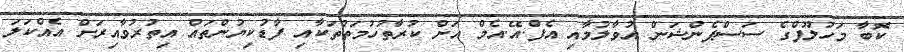
ކޮބާ މަހުލޫފްގެ ސަސްޕެންޝަން އުވާލުމާއި އެފް.އޭ.އެމް އަށް ކުރާތުހުމަތުތަކާއި ފާޑުކިޔުންތައް އިތުރުވާއިރަށް އެއްކަލަ